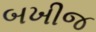
બખીજ